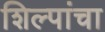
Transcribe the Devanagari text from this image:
शिल्पांचा